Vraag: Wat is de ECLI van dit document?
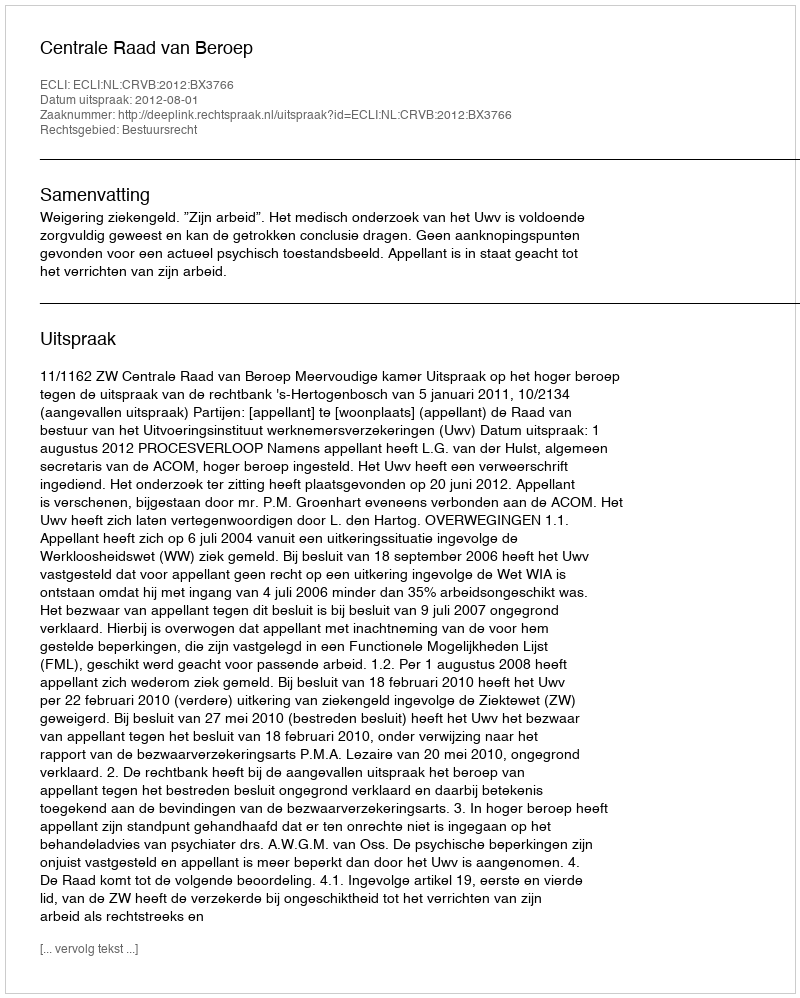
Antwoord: ECLI:NL:CRVB:2012:BX3766